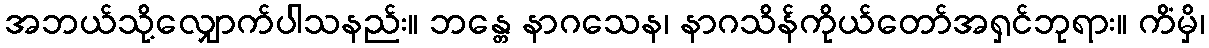
အဘယ်သို့လျှောက်ပါသနည်း။ ဘန္တေ နာဂသေန၊ နာဂသိန်ကိုယ်တော်အရှင်ဘုရား။ ကိံမှိ၊